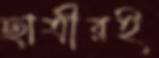
ছাত্রীরই